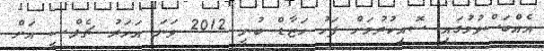
އެއްބަސްވުމުގައި ސޮއިކުރުމަށް ފަހު ހަޒާޑް ބުނީ 2012 ވަނަ އަހަރު ޗެލްސީ އަށް